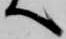
へ